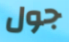
جول